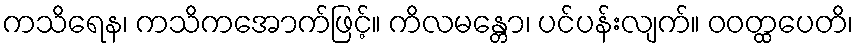
ကသိရေန၊ ကသိကအောက်ဖြင့်။ ကိလမန္တော၊ ပင်ပန်းလျက်။ ဝဝတ္ထပေတိ၊